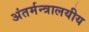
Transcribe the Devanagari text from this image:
अंतर्मन्त्रालयीय